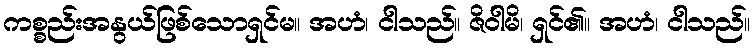
ကစ္စည်းအနွယ်ဖြစ်သောရှင်မ။ အဟံ၊ ငါသည်။ ဇိဝါမိ၊ ရှင်၏။ အဟံ၊ ငါသည်။